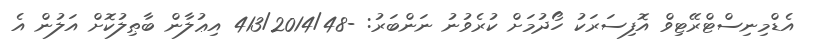
އެޑްމިނިސްޓްރޭޓިވް އޮފިސަރަކު ހޯދުމަށް ކުރެވުނު ނަންބަރު: -413/2014/48 އިޢުލާން ބާޠިލުކޮށް އަލުން އެ